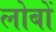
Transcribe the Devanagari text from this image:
लोबों